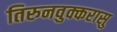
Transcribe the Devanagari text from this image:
तिरुनवुक्करासु